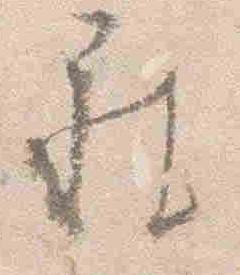
被